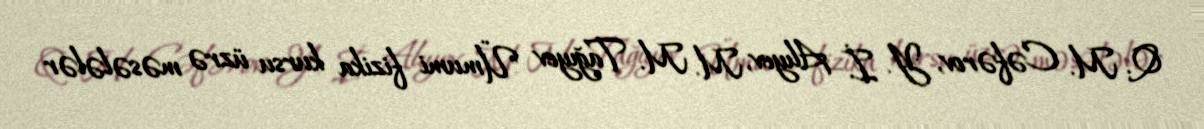
Q. M. Cəfərov, Y. İ. Alıyev, M. M. Tağıyev "Ümumi fizika kursu üzrə məsələlər